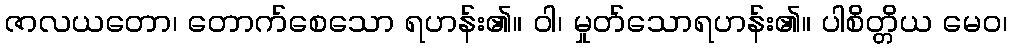
ဇာလယတော၊ တောက်စေသော ရဟန်း၏။ ဝါ၊ မှုတ်သောရဟန်း၏။ ပါစိတ္တိယ မေဝ၊